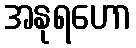
အနုရဟော